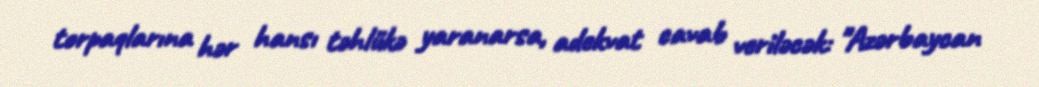
torpaqlarına hər hansı təhlükə yaranarsa, adekvat cavab veriləcək: "Azərbaycan